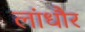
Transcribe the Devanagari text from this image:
लांधौर